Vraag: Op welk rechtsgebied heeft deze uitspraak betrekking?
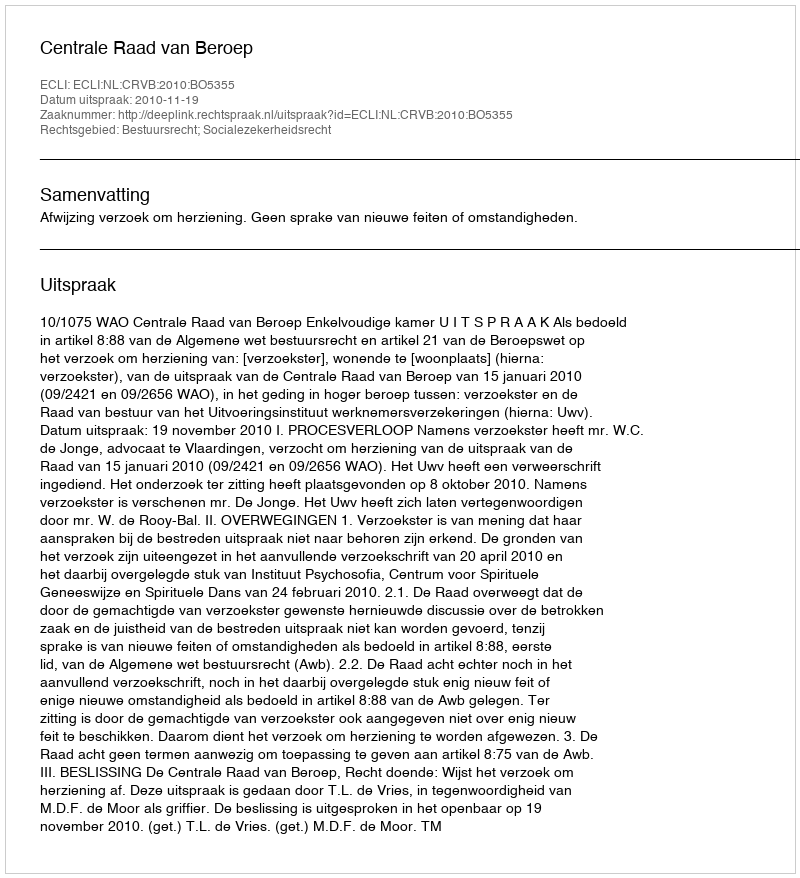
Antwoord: Bestuursrecht; Socialezekerheidsrecht